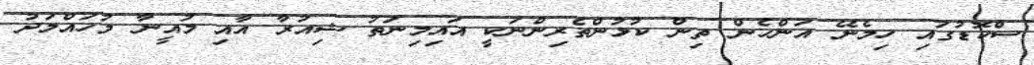
ސްކޮޑުގައި ހިމެނޭ އަންހެން ތިން ކުޅުންތެރިންނަކީ އައިމިނަތު ޝިއުރާ އާއި މުއީނާ މުހައްމަދު